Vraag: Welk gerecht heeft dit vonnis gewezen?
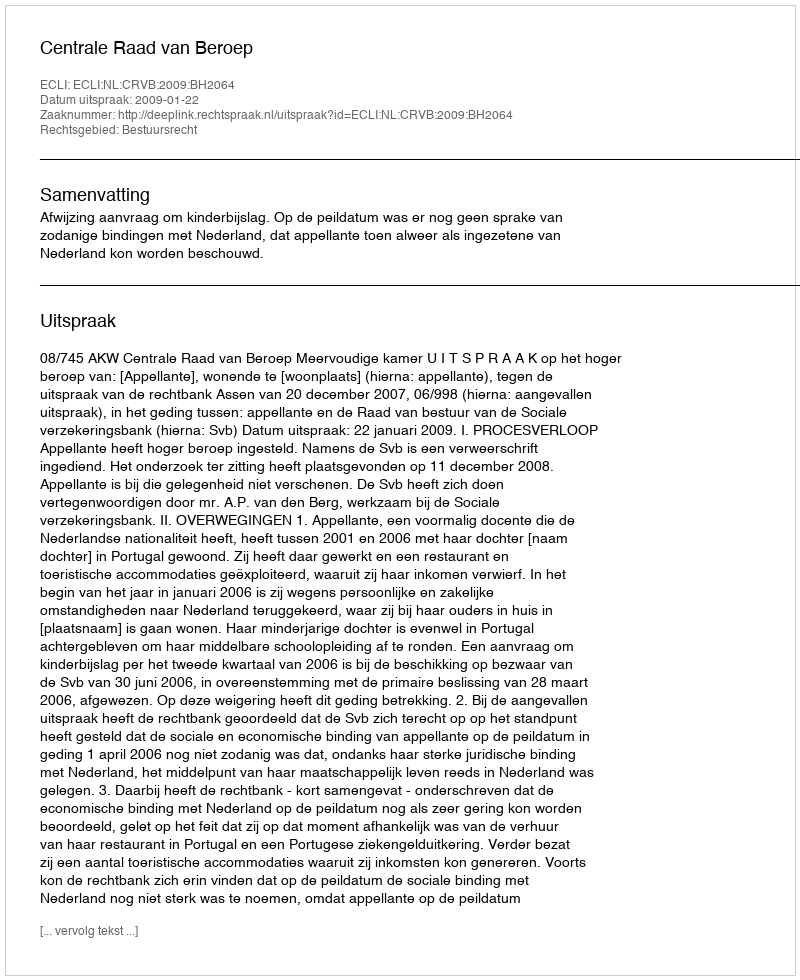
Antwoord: Centrale Raad van Beroep